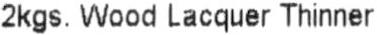
2KGS. WOOD LACQUER THINNER